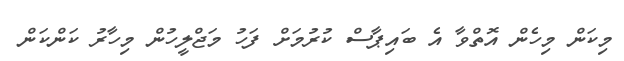
މިކަން މިހެން އޮތްވާ އެ ބައިޕާސް ކުރުމަށް ފަހު މަޖްލީހުން މިހާރު ކަންކަން